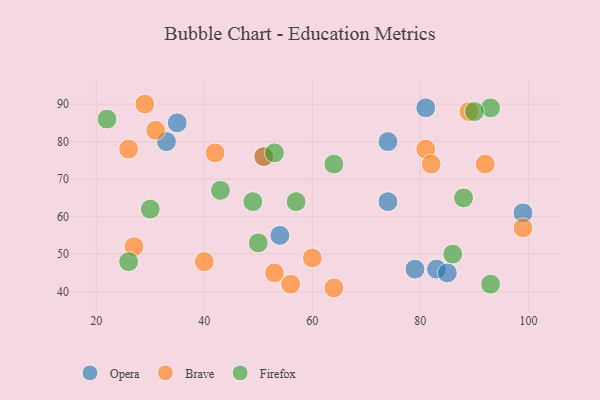
{"axis": {"x": "GDP", "y": "Life Expectancy"}, "legend": ["Brave", "Firefox", "Opera"], "data": [{"x": "79", "y": 46, "type": "Opera"}, {"x": "54", "y": 55, "type": "Opera"}, {"x": "83", "y": 46, "type": "Opera"}, {"x": "74", "y": 80, "type": "Opera"}, {"x": "85", "y": 45, "type": "Opera"}, {"x": "35", "y": 85, "type": "Opera"}, {"x": "81", "y": 89, "type": "Opera"}, {"x": "74", "y": 64, "type": "Opera"}, {"x": "33", "y": 80, "type": "Opera"}, {"x": "51", "y": 76, "type": "Opera"}, {"x": "99", "y": 61, "type": "Opera"}, {"x": "27", "y": 52, "type": "Brave"}, {"x": "51", "y": 76, "type": "Brave"}, {"x": "92", "y": 74, "type": "Brave"}, {"x": "99", "y": 57, "type": "Brave"}, {"x": "53", "y": 45, "type": "Brave"}, {"x": "26", "y": 78, "type": "Brave"}, {"x": "56", "y": 42, "type": "Brave"}, {"x": "42", "y": 77, "type": "Brave"}, {"x": "29", "y": 90, "type": "Brave"}, {"x": "64", "y": 41, "type": "Brave"}, {"x": "81", "y": 78, "type": "Brave"}, {"x": "89", "y": 88, "type": "Brave"}, {"x": "60", "y": 49, "type": "Brave"}, {"x": "40", "y": 48, "type": "Brave"}, {"x": "31", "y": 83, "type": "Brave"}, {"x": "82", "y": 74, "type": "Brave"}, {"x": "93", "y": 89, "type": "Firefox"}, {"x": "30", "y": 62, "type": "Firefox"}, {"x": "50", "y": 53, "type": "Firefox"}, {"x": "86", "y": 50, "type": "Firefox"}, {"x": "88", "y": 65, "type": "Firefox"}, {"x": "43", "y": 67, "type": "Firefox"}, {"x": "57", "y": 64, "type": "Firefox"}, {"x": "22", "y": 86, "type": "Firefox"}, {"x": "90", "y": 88, "type": "Firefox"}, {"x": "64", "y": 74, "type": "Firefox"}, {"x": "49", "y": 64, "type": "Firefox"}, {"x": "26", "y": 48, "type": "Firefox"}, {"x": "93", "y": 42, "type": "Firefox"}, {"x": "53", "y": 77, "type": "Firefox"}]}